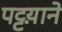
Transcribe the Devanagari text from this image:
पट्टय़ाने